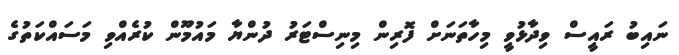
ނައިބު ރައީސް ވިދާޅުވީ މިހާތަނަށް ފޮރިން މިނިސްޓަރު ދުންޔާ މައުމޫން ކުރެއްވި މަސައްކަތުގެ